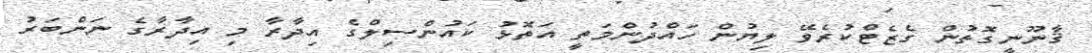
ޤާނޫނީގޮތުން ގެޒެޓްކުރެވޭ ލިޔުން ހައްދުންމަތީ އަތޮޅު ކައުންސިލްގެ އިދާރާ މި އިދާރާގެ ނަންބަރު